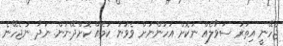
ޖެހޭނީ އިތުރު ސުވާލެއް ނުކޮށް އަހަންނަށް ވެވުނު ކަމެއް ކޮށްދޭނަން. ނަދާ ނުޖެހޭނެ